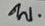
บ